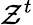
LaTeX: \mathcal{Z}^{t}